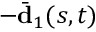
- \bar { \mathbf { d } } _ { 1 } ( s , t )